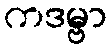
ကဒမ္ဗာ